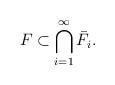
LaTeX: \begin{align*}F\subset \bigcap_{i=1}^\infty \bar F_i.\end{align*}